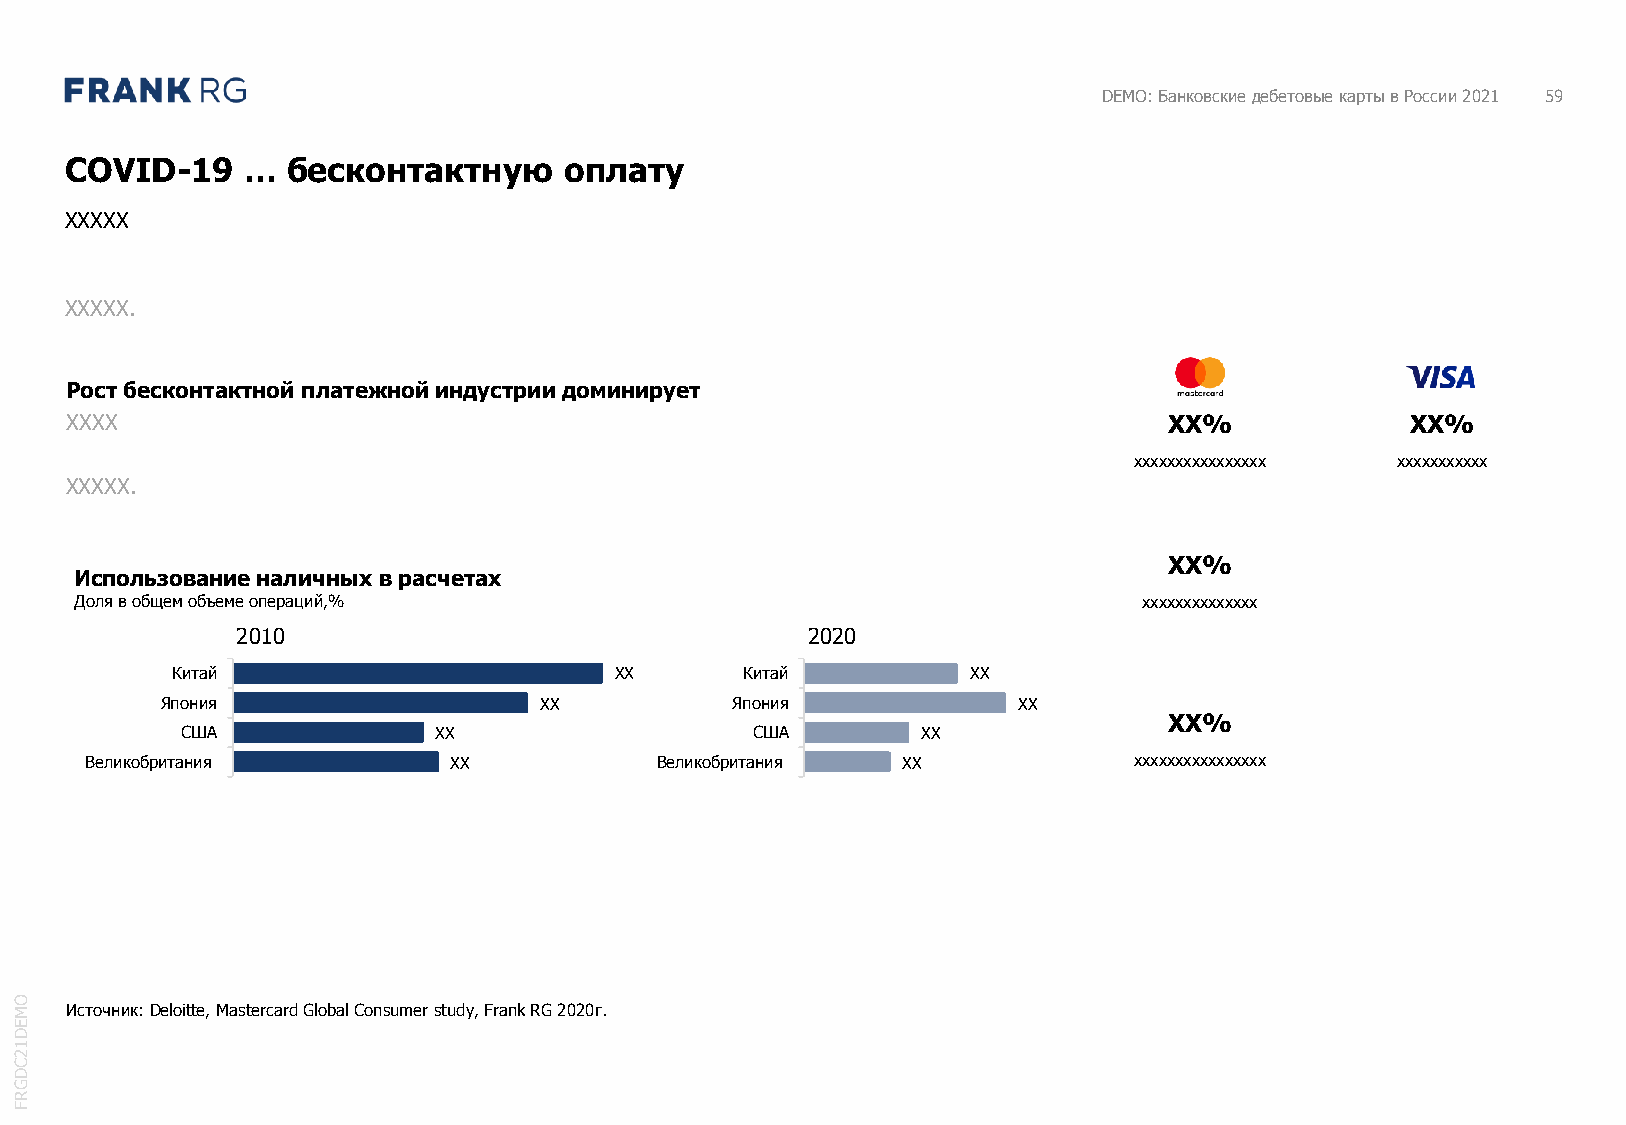
DEMO: Банковские дебетовые карты в России 2021 59
 COVID-19    …  бесконтактную     оплату
 XXXXX
 XXXXX.
 Рост бесконтактной платежной индустрии доминирует
 XXXX                                                                     XX%             XX%
 xxxxxxxxxxxxxxxx xxxxxxxxxxx
 XXXXX.
 XX%
 Использование наличных в расчетах
 Доля в общем объеме операций,%                                         xxxxxxxxxxxxxx
 2010                                 2020
 Китай                         XX      Китай          XX
 Япония                   XX          Япония             XX
 XX%
 США              XX                   США        XX
 Великобритания          XX           Великобритания   XX             xxxxxxxxxxxxxxxx
 O
 M  Источник: Deloitte, Mastercard Global Consumer study, Frank RG 2020г.
 E
 D
 1
 2
 C
 D
 G
 R
 F